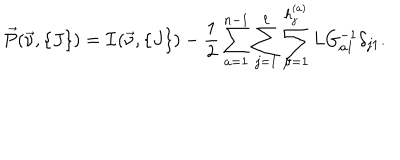
\vec { P } ( \vec { \nu } , \{ J \} ) = { \cal I } ( \vec { \nu } , \{ J \} ) - { \frac { 1 } { 2 } } \sum _ { a = 1 } ^ { n - 1 } \sum _ { j = 1 } ^ { \ell } \sum _ { \mu = 1 } ^ { h _ { j } ^ { ( a ) } } L G _ { a 1 } ^ { - 1 } \delta _ { j 1 } .